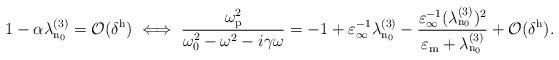
LaTeX: \begin{align*}1-\alpha\lambda_\mathrm{n_0}^{(3)} = \mathcal{O}(\delta^\mathrm{h}) \iff \dfrac{\omega_\mathrm{p}^2}{\omega_0^2-\omega^2-i\gamma\omega} = -1 + \varepsilon_\infty^{-1}\lambda_\mathrm{n_0}^{(3)} - \dfrac{\varepsilon_\infty^{-1}(\lambda_\mathrm{n_0}^{(3)})^2}{\varepsilon_\mathrm{m}+ \lambda_\mathrm{n_0}^{(3)}} + \mathcal{O}(\delta^\mathrm{h}).\end{align*}